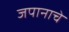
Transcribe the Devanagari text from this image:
जपानाचे